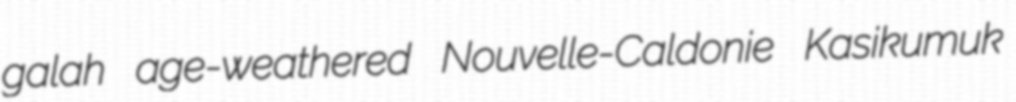
galah age-weathered Nouvelle-Caldonie Kasikumuk